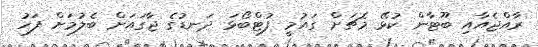
ރާއްޖެއާއި ބޫޓާން ކުޅޭ މެޗަށް ގައުމީ ފުޓްބޯޅަ ދަނޑުގެ ޖާގައަށް ބެލުމަށް ފަހު